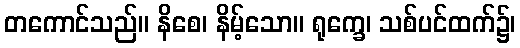
တကောင်သည်။ နိစေ၊ နိမ့်သော။ ရုက္ခေ၊ သစ်ပင်ထက်၌၊